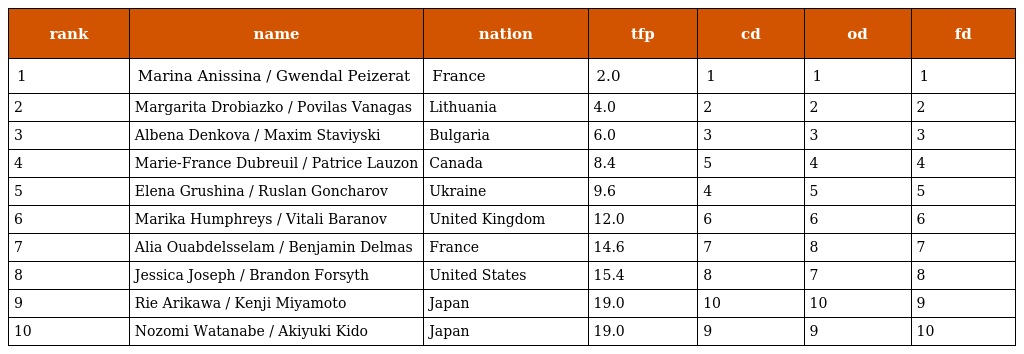
| rank | name | nation | tfp | cd | od | fd |
 | --- | --- | --- | --- | --- | --- | --- |
 | 1 | Marina Anissina / Gwendal Peizerat | France | 2.0 | 1 | 1 | 1 |
 | 2 | Margarita Drobiazko / Povilas Vanagas | Lithuania | 4.0 | 2 | 2 | 2 |
 | 3 | Albena Denkova / Maxim Staviyski | Bulgaria | 6.0 | 3 | 3 | 3 |
 | 4 | Marie-France Dubreuil / Patrice Lauzon | Canada | 8.4 | 5 | 4 | 4 |
 | 5 | Elena Grushina / Ruslan Goncharov | Ukraine | 9.6 | 4 | 5 | 5 |
 | 6 | Marika Humphreys / Vitali Baranov | United Kingdom | 12.0 | 6 | 6 | 6 |
 | 7 | Alia Ouabdelsselam / Benjamin Delmas | France | 14.6 | 7 | 8 | 7 |
 | 8 | Jessica Joseph / Brandon Forsyth | United States | 15.4 | 8 | 7 | 8 |
 | 9 | Rie Arikawa / Kenji Miyamoto | Japan | 19.0 | 10 | 10 | 9 |
 | 10 | Nozomi Watanabe / Akiyuki Kido | Japan | 19.0 | 9 | 9 | 10 |